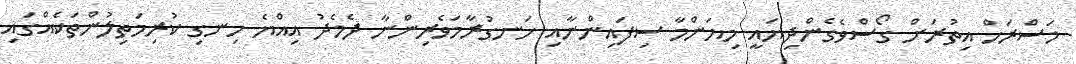
މަސްރަހް އިތުރަށް ގޯސްވެގެންދިޔައީ މިޔަންމާ ސިފައިންނާއި ހަނގުރާމަވެރިންނާ ދެމެދު އިއްޔެ ހިނގި ކުރިމަތިލުންތަކެއްގައި